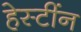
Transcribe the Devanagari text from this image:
हेस्टींन